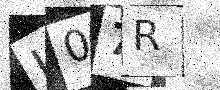
Text: L07R